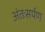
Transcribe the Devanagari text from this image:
अंतःसर्पण